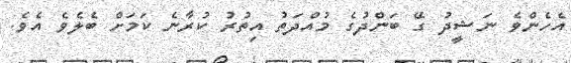
އެެހެންވެ ނަޝީދު ގޭ ބަންދުގެ މުއްދަތު އިތުރު ކުރާނެ ކަމަށް ބެލެވެ އެވެ.